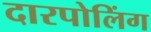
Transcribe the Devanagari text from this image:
दारपोलिंग